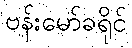
ဗန်းမော်ခရိုင်